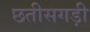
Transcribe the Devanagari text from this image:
छतीसगड़ी